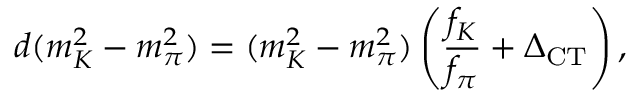
d ( m _ { K } ^ { 2 } - m _ { \pi } ^ { 2 } ) = ( m _ { K } ^ { 2 } - m _ { \pi } ^ { 2 } ) \left( \frac { f _ { K } } { f _ { \pi } } + \Delta _ { \mathrm { C T } } \right) ,